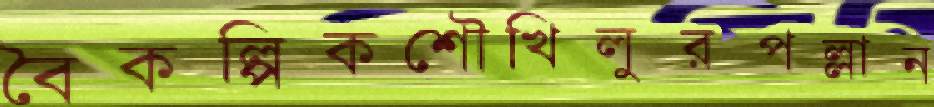
বৈকল্পিকশৌখিলুরপল্লান